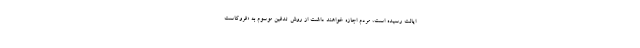
ایالت رسیده است، مردم اجازه خواهند داشت از روش تدفین موسوم به «فروکاست